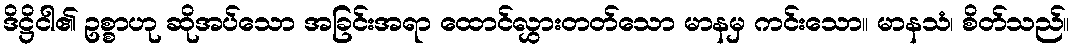
ဒိဋ္ဌိငါ၏ ဥစ္စာဟု ဆိုအပ်သော အခြင်းအရာ ထောင်လွှားတတ်သော မာနမှ ကင်းသော။ မာနသံ၊ စိတ်သည်။